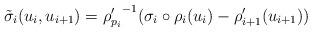
LaTeX: \begin{align*}\tilde{\sigma}_i(u_i,u_{i+1}) = {\rho_{p_i}'}^{-1}(\sigma_i \circ \rho_i(u_i) -\rho_{i+1}'(u_{i+1}))\end{align*}